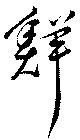
鮮